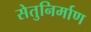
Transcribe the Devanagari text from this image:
सेतुनिर्माण